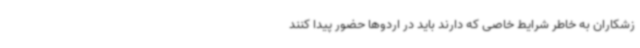
زشکاران به خاطر شرایط خاصی که دارند باید در اردوها حضور پیدا کنند